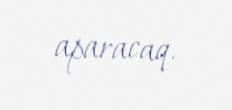
aparacaq.